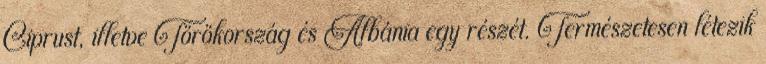
Ciprust, illetve Törökország és Albánia egy részét. Természetesen létezik